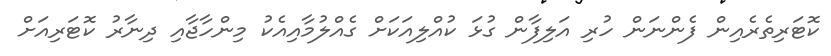
ކޮޓަރިތެރެއިން ފެންނަން ހުރި އަލިފާން ގުޅަ ކުއްލިއަކަށް ގެއްލުމާއިއެކު މިންހާޖާއި ދިނާރު ކޮޓަރިއަށް